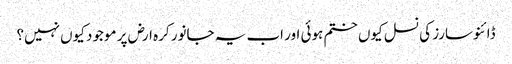
ڈائنوسارز کی نسل کیوں ختم ہوئی اور اب یہ جانور کرہ ارض پر موجود کیوں نہیں؟